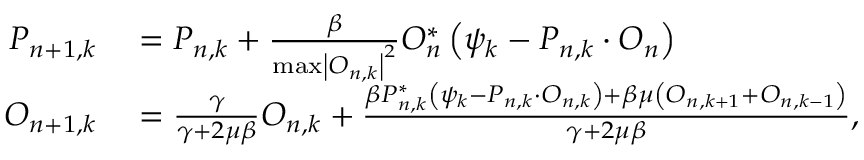
\begin{array} { r l } { P _ { n + 1 , k } } & { { } = P _ { n , k } + \frac { \beta } { \operatorname* { m a x } \left| O _ { n , k } \right| ^ { 2 } } O _ { n } ^ { * } \left( \psi _ { k } - P _ { n , k } \cdot O _ { n } \right) } \\ { O _ { n + 1 , k } } & { { } = \frac { \gamma } { \gamma + 2 \mu \beta } O _ { n , k } + \frac { \beta P _ { n , k } ^ { * } \left( \psi _ { k } - P _ { n , k } \cdot O _ { n , k } \right) + \beta \mu \left( O _ { n , k + 1 } + O _ { n , k - 1 } \right) } { \gamma + 2 \mu \beta } , } \end{array}